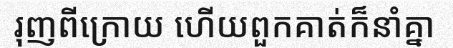
រុញពីក្រោយ ហើយពួកគាត់ក៏នាំគ្នា